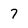
Character: 7